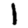
Digit: 1